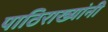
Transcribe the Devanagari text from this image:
पाठिराख्यांनी